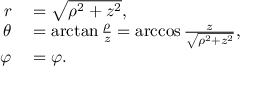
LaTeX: \begin{array} { r l } { r } & { { } = { \sqrt { \rho ^ { 2 } + z ^ { 2 } } } , } \\ { \theta } & { { } = \arctan { \frac { \rho } { z } } = \operatorname { a r c c o s } { \frac { z } { \sqrt { \rho ^ { 2 } + z ^ { 2 } } } } , } \\ { \varphi } & { { } = \varphi . } \end{array}